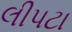
લીપટા